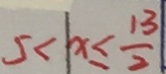
5 < x \leq \frac { 1 3 } { 2 }